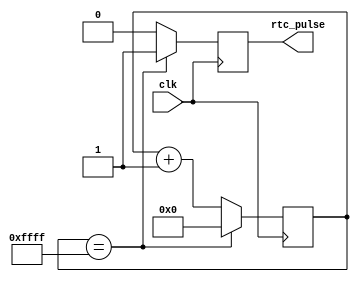
module rtc_timer (
    input wire clk,          // Clock signal
    output wire rtc_pulse    // RTC timer pulse signal
);

reg [15:0] counter;         // Counter for timing control

always @(posedge clk) begin
    if (counter == 16'hFFFF) begin  // Reset counter at maximum value
        counter <= 16'h0000;
        rtc_pulse <= 1'b1;           // Generate RTC pulse signal
    end
    else begin
        counter <= counter + 1;      // Increment counter
        rtc_pulse <= 1'b0;           // Set pulse signal to 0
    end
end

endmodule